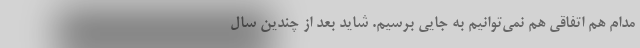
مدام هم اتفاقی هم نمی‌توانیم به جایی برسیم. شاید بعد از چندین سال